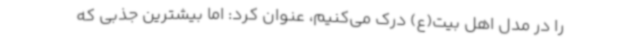
را در مدل اهل بیت(ع) درک می‌کنیم، عنوان کرد: اما بیشترین جذبی که